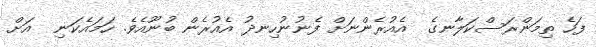
ފަހެ ތިމަންރަސްކަލާނގެ  އެއުރެންނަށް ފެނުނުހިނދު އެއުރެން ބުނޫއެވެ. ހަމައެކަނި  އަށް